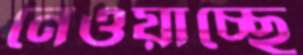
নেওয়াচ্ছে